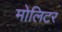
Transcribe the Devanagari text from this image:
मोलिटर